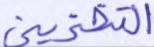
التخزين